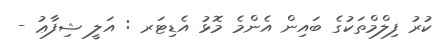
ކުރު ފިލްމްތަކުގެ ބައިން އެންމެ މޮޅު އެޑިޓަރ : އަލީ ޝިފާޢު -